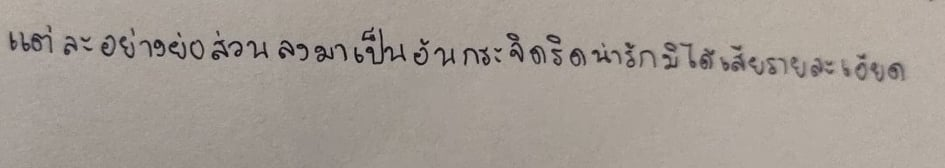
แต่ละอย่างย่อส่วนลงมาเป็นอันกระจิดริดน่ารักมิได้เสียรายละเอียด